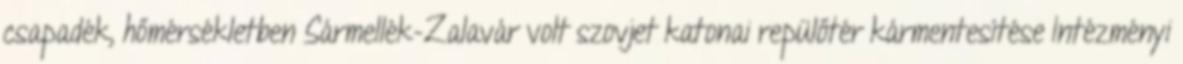
csapadék, hőmérsékletben Sármellék-Zalavár volt szovjet katonai repülőtér kármentesítése Intézményi